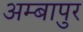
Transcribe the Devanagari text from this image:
अम्बापुर